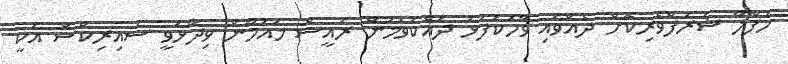
ހަފްލާ ޝަރަފްވެރިކޮށް ދެއްވައި ވާހަކަފުޅު ދައްކަވަމުން ރައީސް މައުމޫން ވިދާޅުވީ ސައިރިކްސް އަކީ